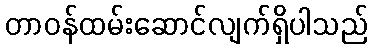
တာဝန်ထမ်းဆောင်လျက်ရှိပါသည်